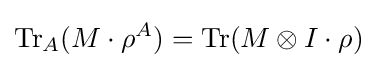
\operatorname {Tr} _{A}(M\cdot \rho ^{A})=\operatorname {Tr} (M\otimes I\cdot \rho )